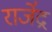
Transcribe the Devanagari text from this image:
राजे॑द्र